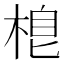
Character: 𣓛